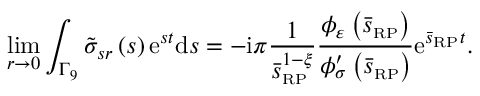
\operatorname* { l i m } _ { r \rightarrow 0 } \int _ { \Gamma _ { 9 } } \tilde { \sigma } _ { s r } \left( s \right) \mathrm { e } ^ { s t } \mathrm { d } s = - \mathrm { i } \pi \frac { 1 } { \bar { s } _ { \scriptscriptstyle { \mathrm { R P } } } ^ { 1 - \xi } } \frac { \phi _ { \varepsilon } \left( \bar { s } _ { \scriptscriptstyle { \mathrm { R P } } } \right) } { \phi _ { \sigma } ^ { \prime } \left( \bar { s } _ { \scriptscriptstyle { \mathrm { R P } } } \right) } \mathrm { e } ^ { \bar { s } _ { \scriptscriptstyle { \mathrm { R P } } } t } .